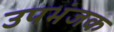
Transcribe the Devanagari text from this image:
उपभंजक